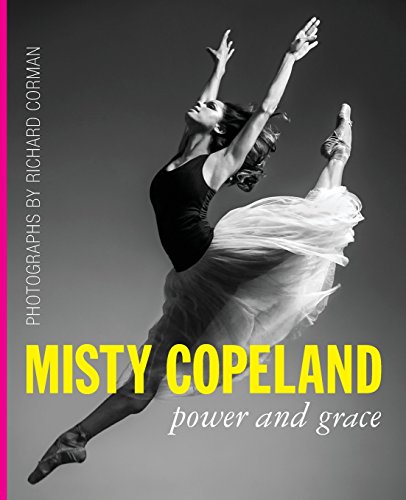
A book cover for Misty Copeland: Power and Grace; Humor & Entertainment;